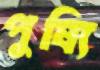
পুষ্যি